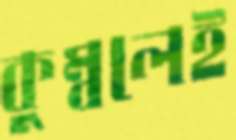
কুম্বলেই